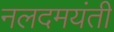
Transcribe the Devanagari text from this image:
नलदमयंती